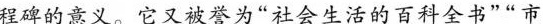
程碑的意义。它又被誉为“社会生活的百科全书”“市